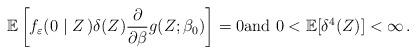
LaTeX: \begin{align*}\mathbb{E}\left[ f_{\varepsilon}(0\mid Z\,)\delta (Z)\frac{\partial}{\partial \beta}{g}(Z;\beta _{0})\right]=0\mbox{\rm and }0<\mathbb{E}[\delta ^{4}(Z)]<\infty\, .\end{align*}